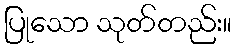
ပြုသော သုတ်တည်း။